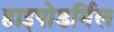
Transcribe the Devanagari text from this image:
हाइपोडर्मिल